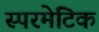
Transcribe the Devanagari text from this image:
स्परमेटिक